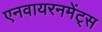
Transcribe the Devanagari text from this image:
एनवायरनमेंट्स